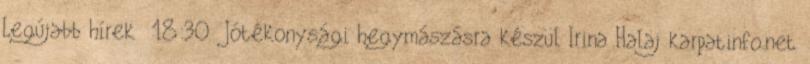
Legújabb hírek 18:30 Jótékonysági hegymászásra készül Irina Halaj karpatinfo.net